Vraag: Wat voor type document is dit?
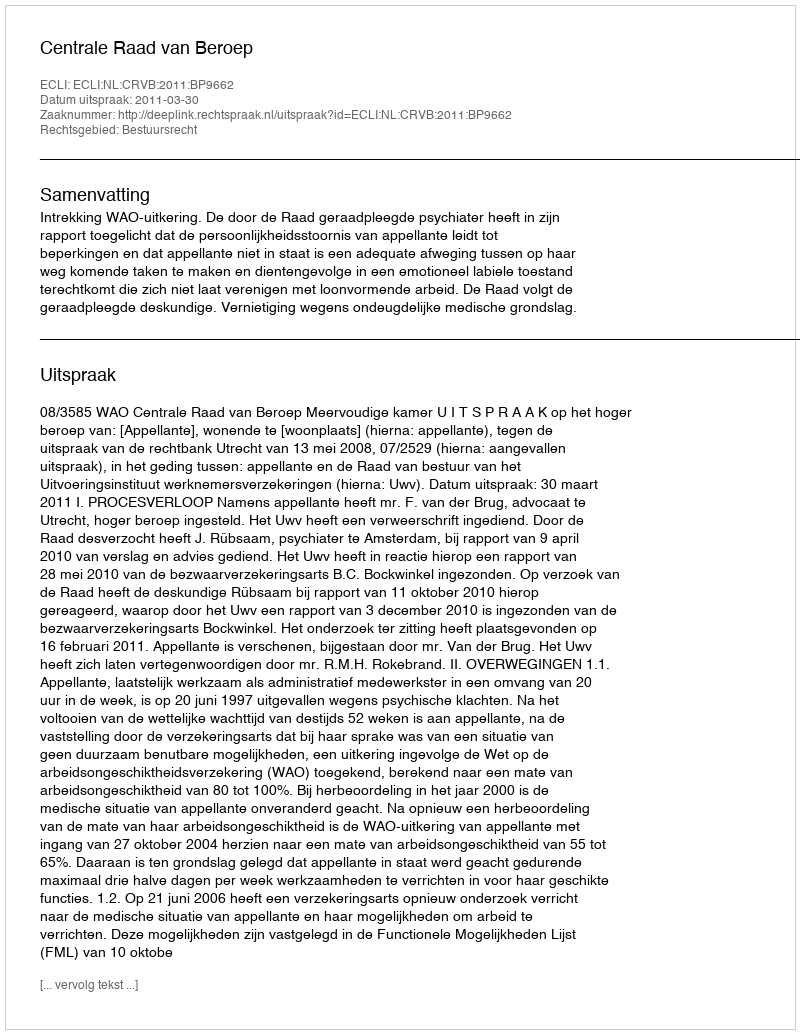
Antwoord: Uitspraak